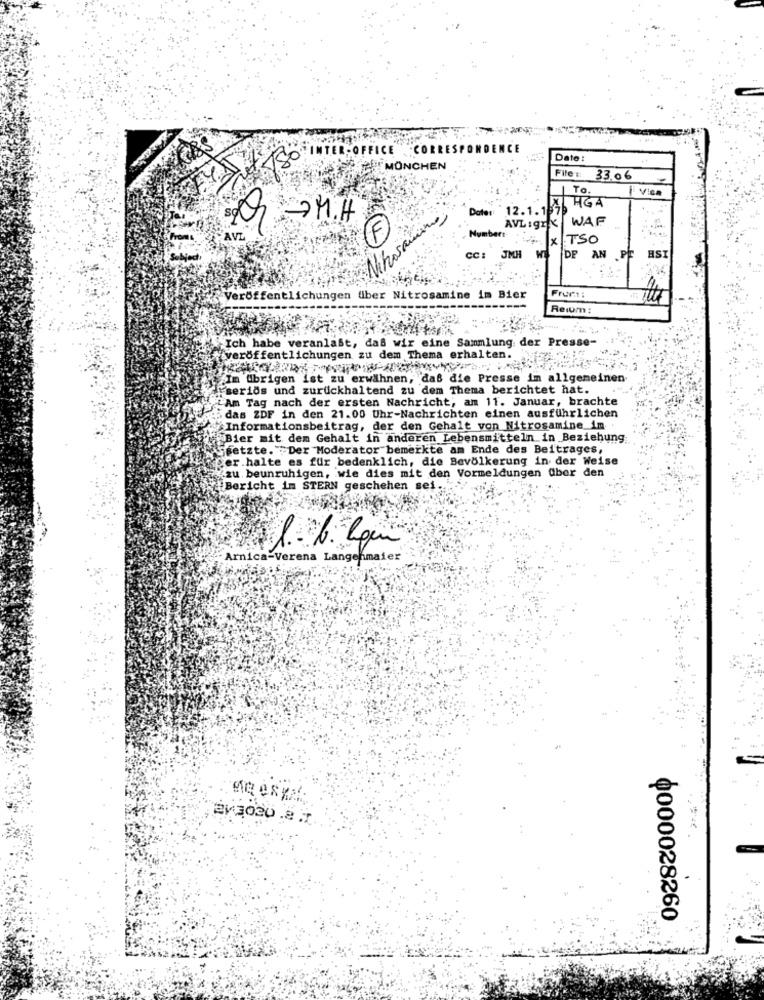
INTER- OFFICE
.COM
NCE
Date :
ER MONCHEN
File ::
33.06
To.
Vica
IHGA
Date: 12.1.16
Q - M.H
AVLigrx WAF
AVE
Numbers
x TSO
ASI
CC: JMH
DE AN PF
Veröffentlichungen fiber Nitrosamine im Bier
Fruct:
Reiom:
Ich habe veranlaßt, daß wir eine Sammlung der Presse-
veröffentlichungen zu dem Thema erhalten.
Im übrigen ist zu erwähnen, daß die Presse im allgemeinen
serios und zurückhaltend zu dem Thema berichtet hat.
"Am Tag nach der ersten Nachricht; am 11. Januar, brachte
das ZDF in den 21.00 Uhr-Nachrichten einen ausführlichen
Informationsbeitrag, der den Gehalt von Nitrosamine im
Bier mit dem Gehalt in anderen Lebensmitteln in Beziehung
Feetzte. "Der Moderator bemerkte am Ende des Beitrages,
per.halte es für bedenklich, die Bevölkerung in der Weise
zu beunruhigen, wie dies mit den Vormeldungen über den
Bericht im STERN geschehen sei.
Arnica-Verena Lange-maier
0000028260